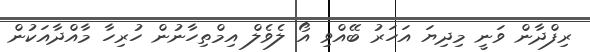
ރިފްދާން ވަނީ މިދިޔަ އަހަރު ބޭއްވި އޯ ލެވެލް އިމްތިހާނުން ހުރިހާ މާއްދާއަކުން